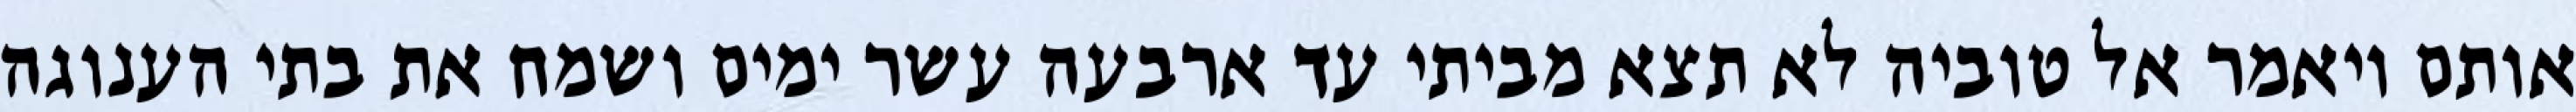
אותם ויאמר אל טוביה לא תצא מביתי עד ארבעה עשר ימים ושמח את בתי הענוגה